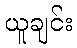
ယူချင်း